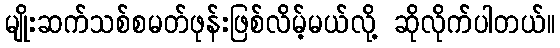
မျိုးဆက်သစ်စမတ်ဖုန်းဖြစ်လိမ့်မယ်လို့ ဆိုလိုက်ပါတယ်။